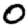
Digit: 0